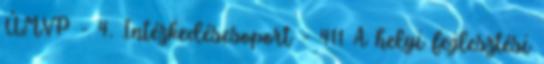
ÚMVP - 4. Intézkedéscsoport - 411 A helyi fejlesztési